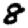
Digit: 8